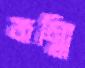
জম্মি